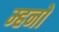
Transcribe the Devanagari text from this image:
म्हनो